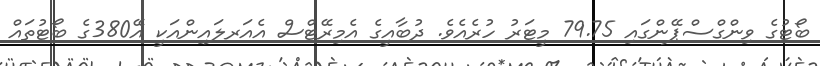
ބޯޓުގެ ވިންގްސްޕޭންގައި 79.75 މީޓަރު ހުރެއެވެ. ދުބާއީގެ އެމިރޭޓްސް އެއަރލައިންއަކީ އޭ380ގެ ބޯޓުތައް